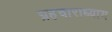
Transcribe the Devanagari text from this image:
ग्रहचाराध्याय